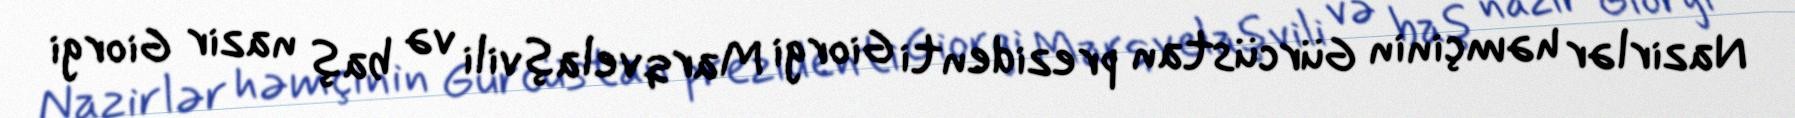
Nazirlər həmçinin Gürcüstan prezidenti Giorgi Marqvelaşvili və baş nazir Giorgi